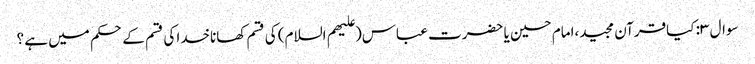
سوال ۳: کیاقرآن مجید،امام حسین یا حضرت عباس(علیهم السلام) کی قسم کھاناخدا کی قسم کے حکم میں ہے ؟